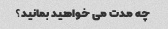
چه مدت می خواهید بمانید؟